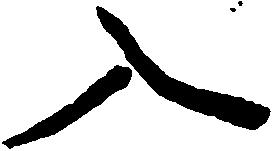
入